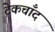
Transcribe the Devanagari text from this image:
टेकचाँद